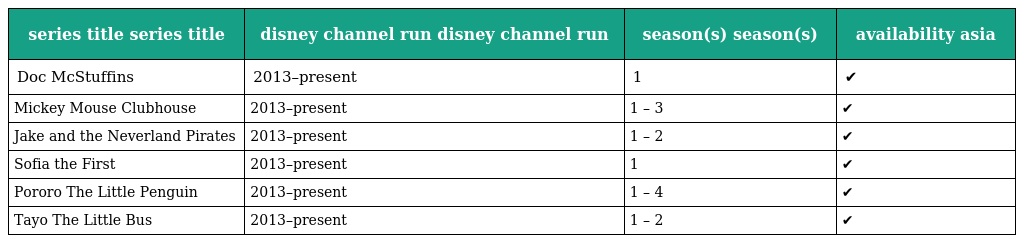
| series title series title | disney channel run disney channel run | season(s) season(s) | availability asia |
 | --- | --- | --- | --- |
 | Doc McStuffins | 2013–present | 1 | ✔ |
 | Mickey Mouse Clubhouse | 2013–present | 1 – 3 | ✔ |
 | Jake and the Neverland Pirates | 2013–present | 1 – 2 | ✔ |
 | Sofia the First | 2013–present | 1 | ✔ |
 | Pororo The Little Penguin | 2013–present | 1 – 4 | ✔ |
 | Tayo The Little Bus | 2013–present | 1 – 2 | ✔ |